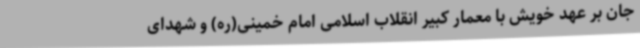
جان بر عهد خویش با معمار کبیر انقلاب اسلامی امام خمینی(ره) و شهدای